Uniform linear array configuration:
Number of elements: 64
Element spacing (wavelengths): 0.75
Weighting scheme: cosine
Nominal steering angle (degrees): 60
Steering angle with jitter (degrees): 59.394
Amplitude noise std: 0.05
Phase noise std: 0.05

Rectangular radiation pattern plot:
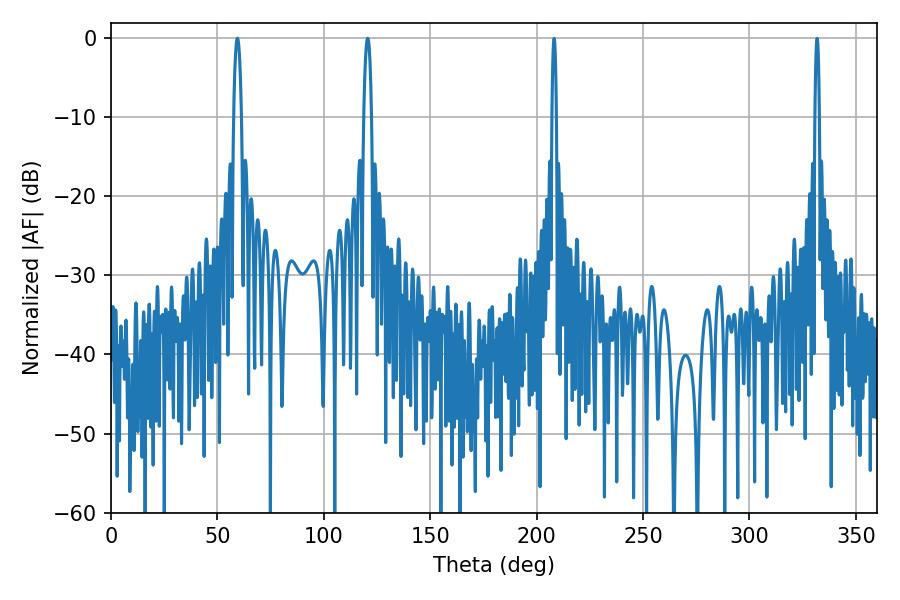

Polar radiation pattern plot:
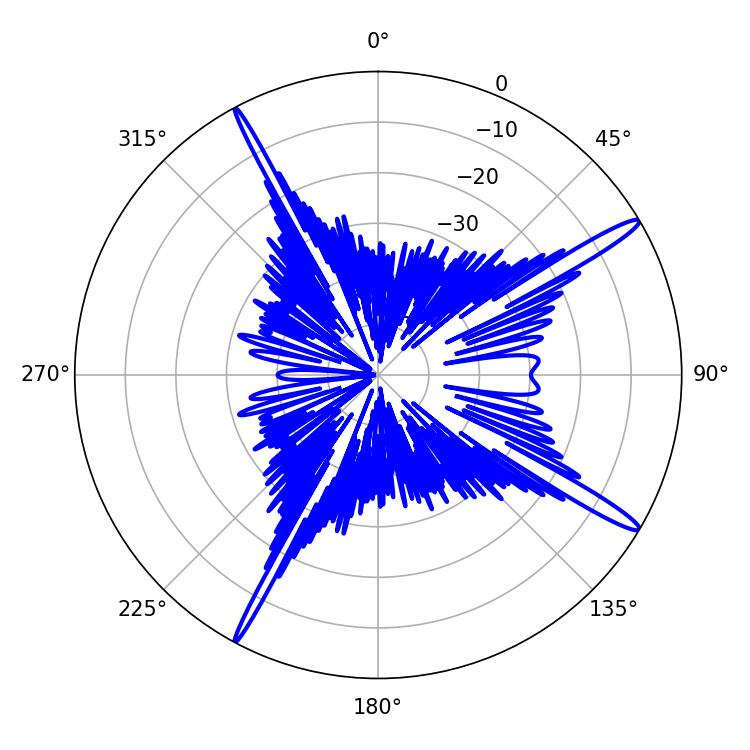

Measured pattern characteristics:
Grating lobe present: TRUE
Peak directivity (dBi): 16.146
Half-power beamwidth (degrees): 2.16
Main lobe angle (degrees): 59.4